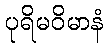
ပုရိမဝိမာနံ